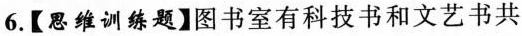
6.【思维训练题】图书室有科技书和文艺书共